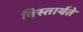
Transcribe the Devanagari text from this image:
विस्तार्यते